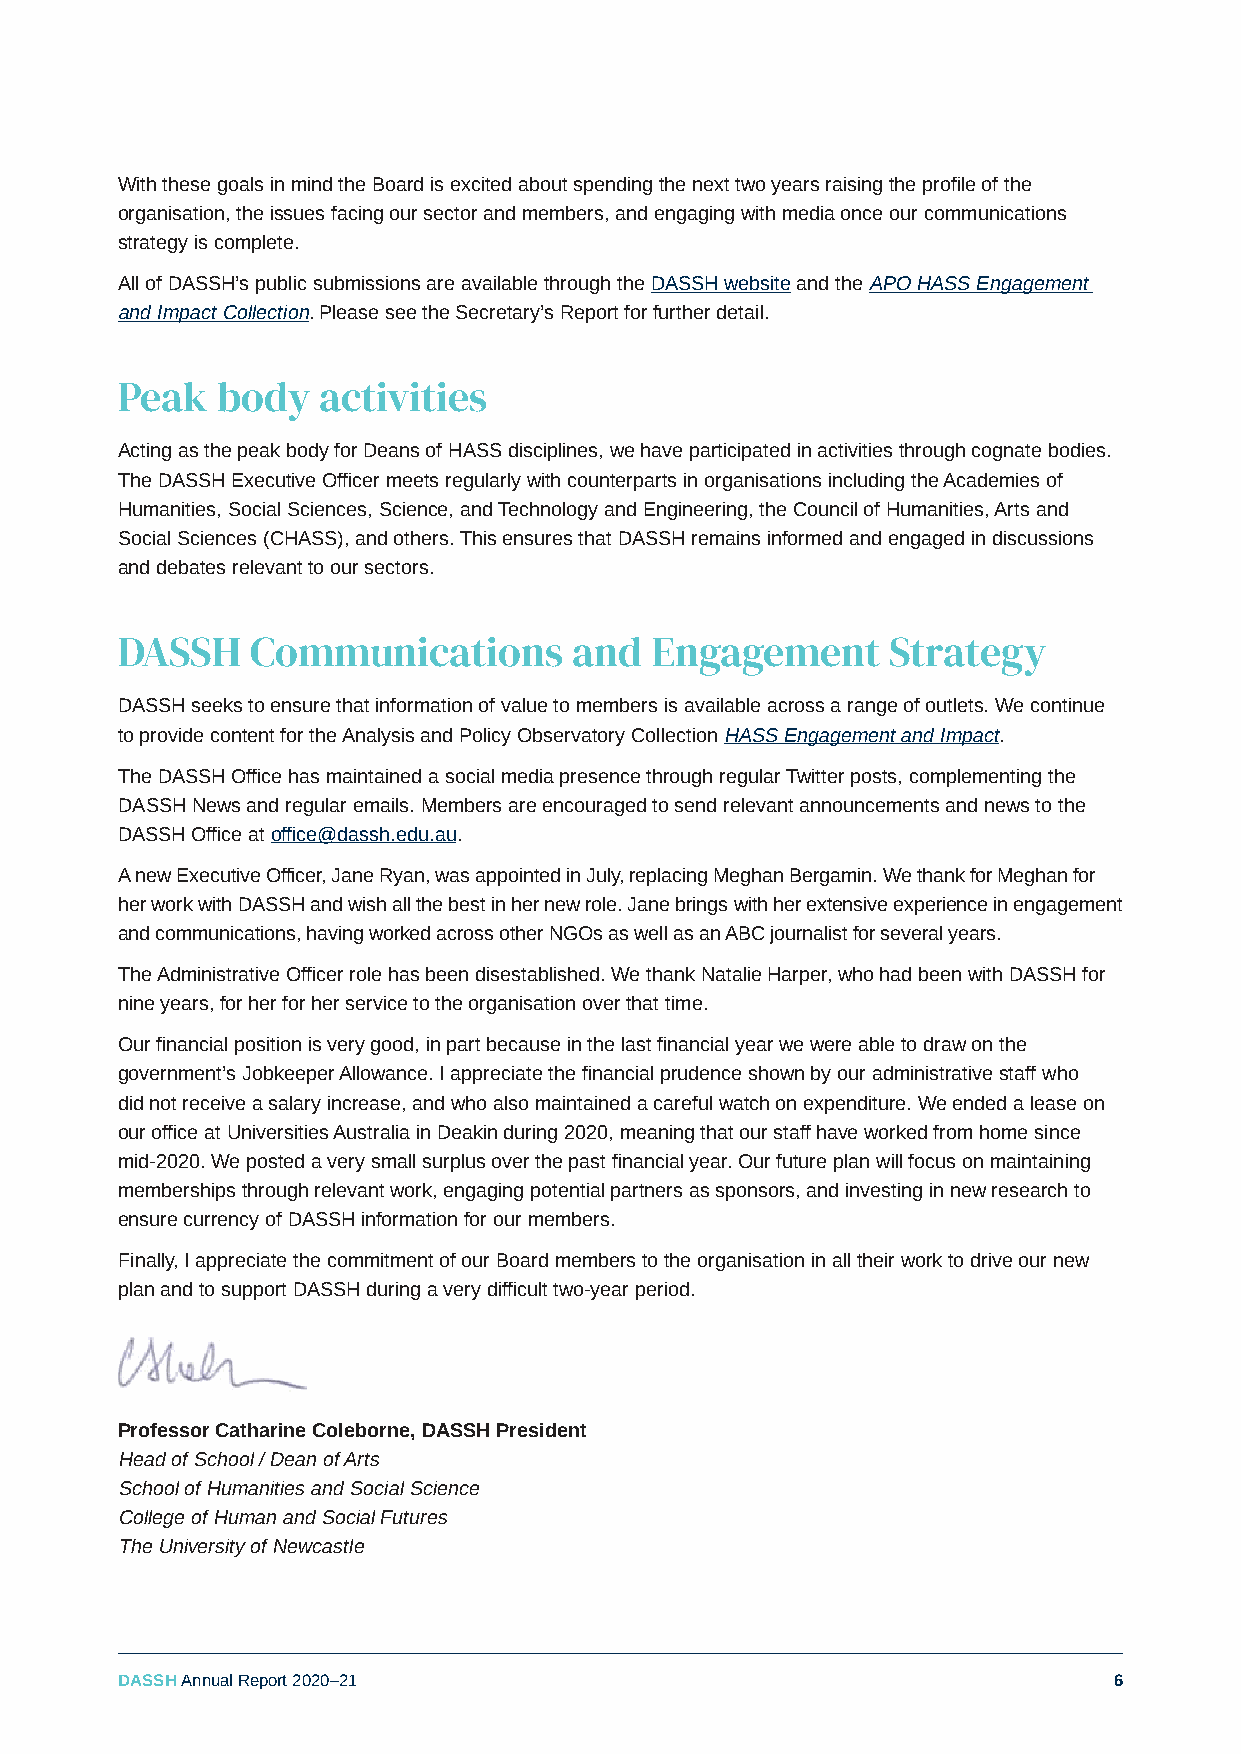
With these goals in mind the Board is excited about spending the next two years raising the profile of the
 organisation, the issues facing our sector and members, and engaging with media once our communications
 strategy is complete.
 All of DASSH’s public submissions are available through the DASSH website and the APO HASS Engagement
 and Impact Collection. Please see the Secretary’s Report for further detail.
 Peak  body   activities
 Acting as the peak body for Deans of HASS disciplines, we have participated in activities through cognate bodies.
 The DASSH Executive Officer meets regularly with counterparts in organisations including the Academies of
 Humanities, Social Sciences, Science, and Technology and Engineering, the Council of Humanities, Arts and
 Social Sciences (CHASS), and others. This ensures that DASSH remains informed and engaged in discussions
 and debates relevant to our sectors.
 DASSH    Communications       and  Engagement      Strategy
 DASSH seeks to ensure that information of value to members is available across a range of outlets. We continue
 to provide content for the Analysis and Policy Observatory Collection HASS Engagement and Impact.
 The DASSH Office has maintained a social media presence through regular Twitter posts, complementing the
 DASSH News and regular emails. Members are encouraged to send relevant announcements and news to the
 DASSH Office at office@dassh.edu.au.
 A new Executive Officer, Jane Ryan, was appointed in July, replacing Meghan Bergamin. We thank for Meghan for
 her work with DASSH and wish all the best in her new role. Jane brings with her extensive experience in engagement
 and communications, having worked across other NGOs as well as an ABC journalist for several years.
 The Administrative Officer role has been disestablished. We thank Natalie Harper, who had been with DASSH for
 nine years, for her for her service to the organisation over that time.
 Our financial position is very good, in part because in the last financial year we were able to draw on the
 government’s Jobkeeper Allowance. I appreciate the financial prudence shown by our administrative staff who
 did not receive a salary increase, and who also maintained a careful watch on expenditure. We ended a lease on
 our office at Universities Australia in Deakin during 2020, meaning that our staff have worked from home since
 mid-2020. We posted a very small surplus over the past financial year. Our future plan will focus on maintaining
 memberships through relevant work, engaging potential partners as sponsors, and investing in new research to
 ensure currency of DASSH information for our members.
 Finally, I appreciate the commitment of our Board members to the organisation in all their work to drive our new
 plan and to support DASSH during a very difficult two-year period.
 Professor Catharine Coleborne, DASSH President
 Head of School / Dean of Arts
 School of Humanities and Social Science
 College of Human and Social Futures
 The University of Newcastle
 DASSH Annual Report 2020–21                                       6